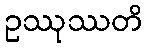
ဥဿုဿတိ